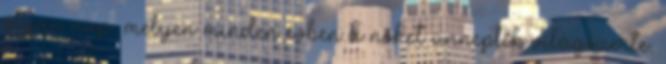
olyan nap, melyen minden évben a nőket ünneplik világszerte.